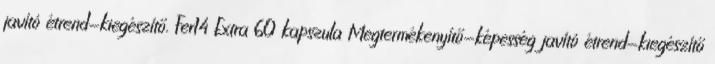
javító étrend-kiegészítő. Fer14 Extra 60 kapszula Megtermékenyítő-képesség javító étrend-kiegészítő